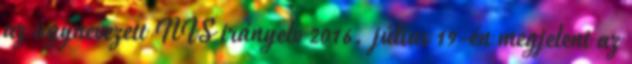
az úgynevezett NIS irányelv 2016. július 19-én megjelent az